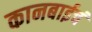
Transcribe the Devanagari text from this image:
कानबाईचं